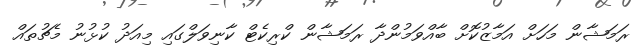
ރަމަޝާން މަހަށް އަމާޒުކޮށް ބާއްވަމުންދާ ރަމަޝާން ކްރިކެޓް ކާނިވަލްގައި މިއަދު ކުޅުނު މެޗުތައް